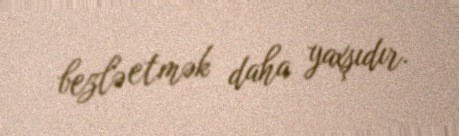
bezlə etmək daha yaxşıdır.